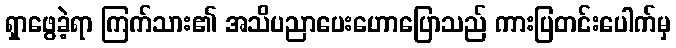
ရှာဖွေခဲ့ရာ ကြက်သား၏ အသိပညာပေးဟောပြောသည် ကားပြတင်းပေါက်မှ